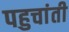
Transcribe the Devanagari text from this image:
पहुचांती